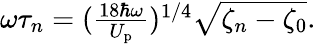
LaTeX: \begin{array}{r}{\omega\tau_{n}=(\frac{18\hbar\omega}{U_{\mathrm{p}}})^{1/4}{\sqrt{\zeta_{n}-\zeta_{0}}}.}\end{array}